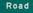
road